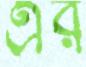
এঁর